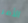
الأمر